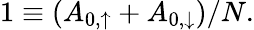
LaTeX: \begin{array}{r}{1\equiv(A_{0,\uparrow}+A_{0,\downarrow})/N.}\end{array}